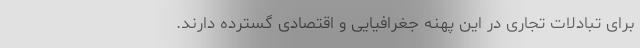
برای تبادلات تجاری در این پهنه جغرافیایی و اقتصادی گسترده دارند.